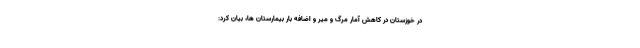
در خوزستان در کاهش آمار مرگ و میر و اضافه بار بیمارستان ها، بیان کرد: